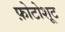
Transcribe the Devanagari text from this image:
फ़ोटोशूट